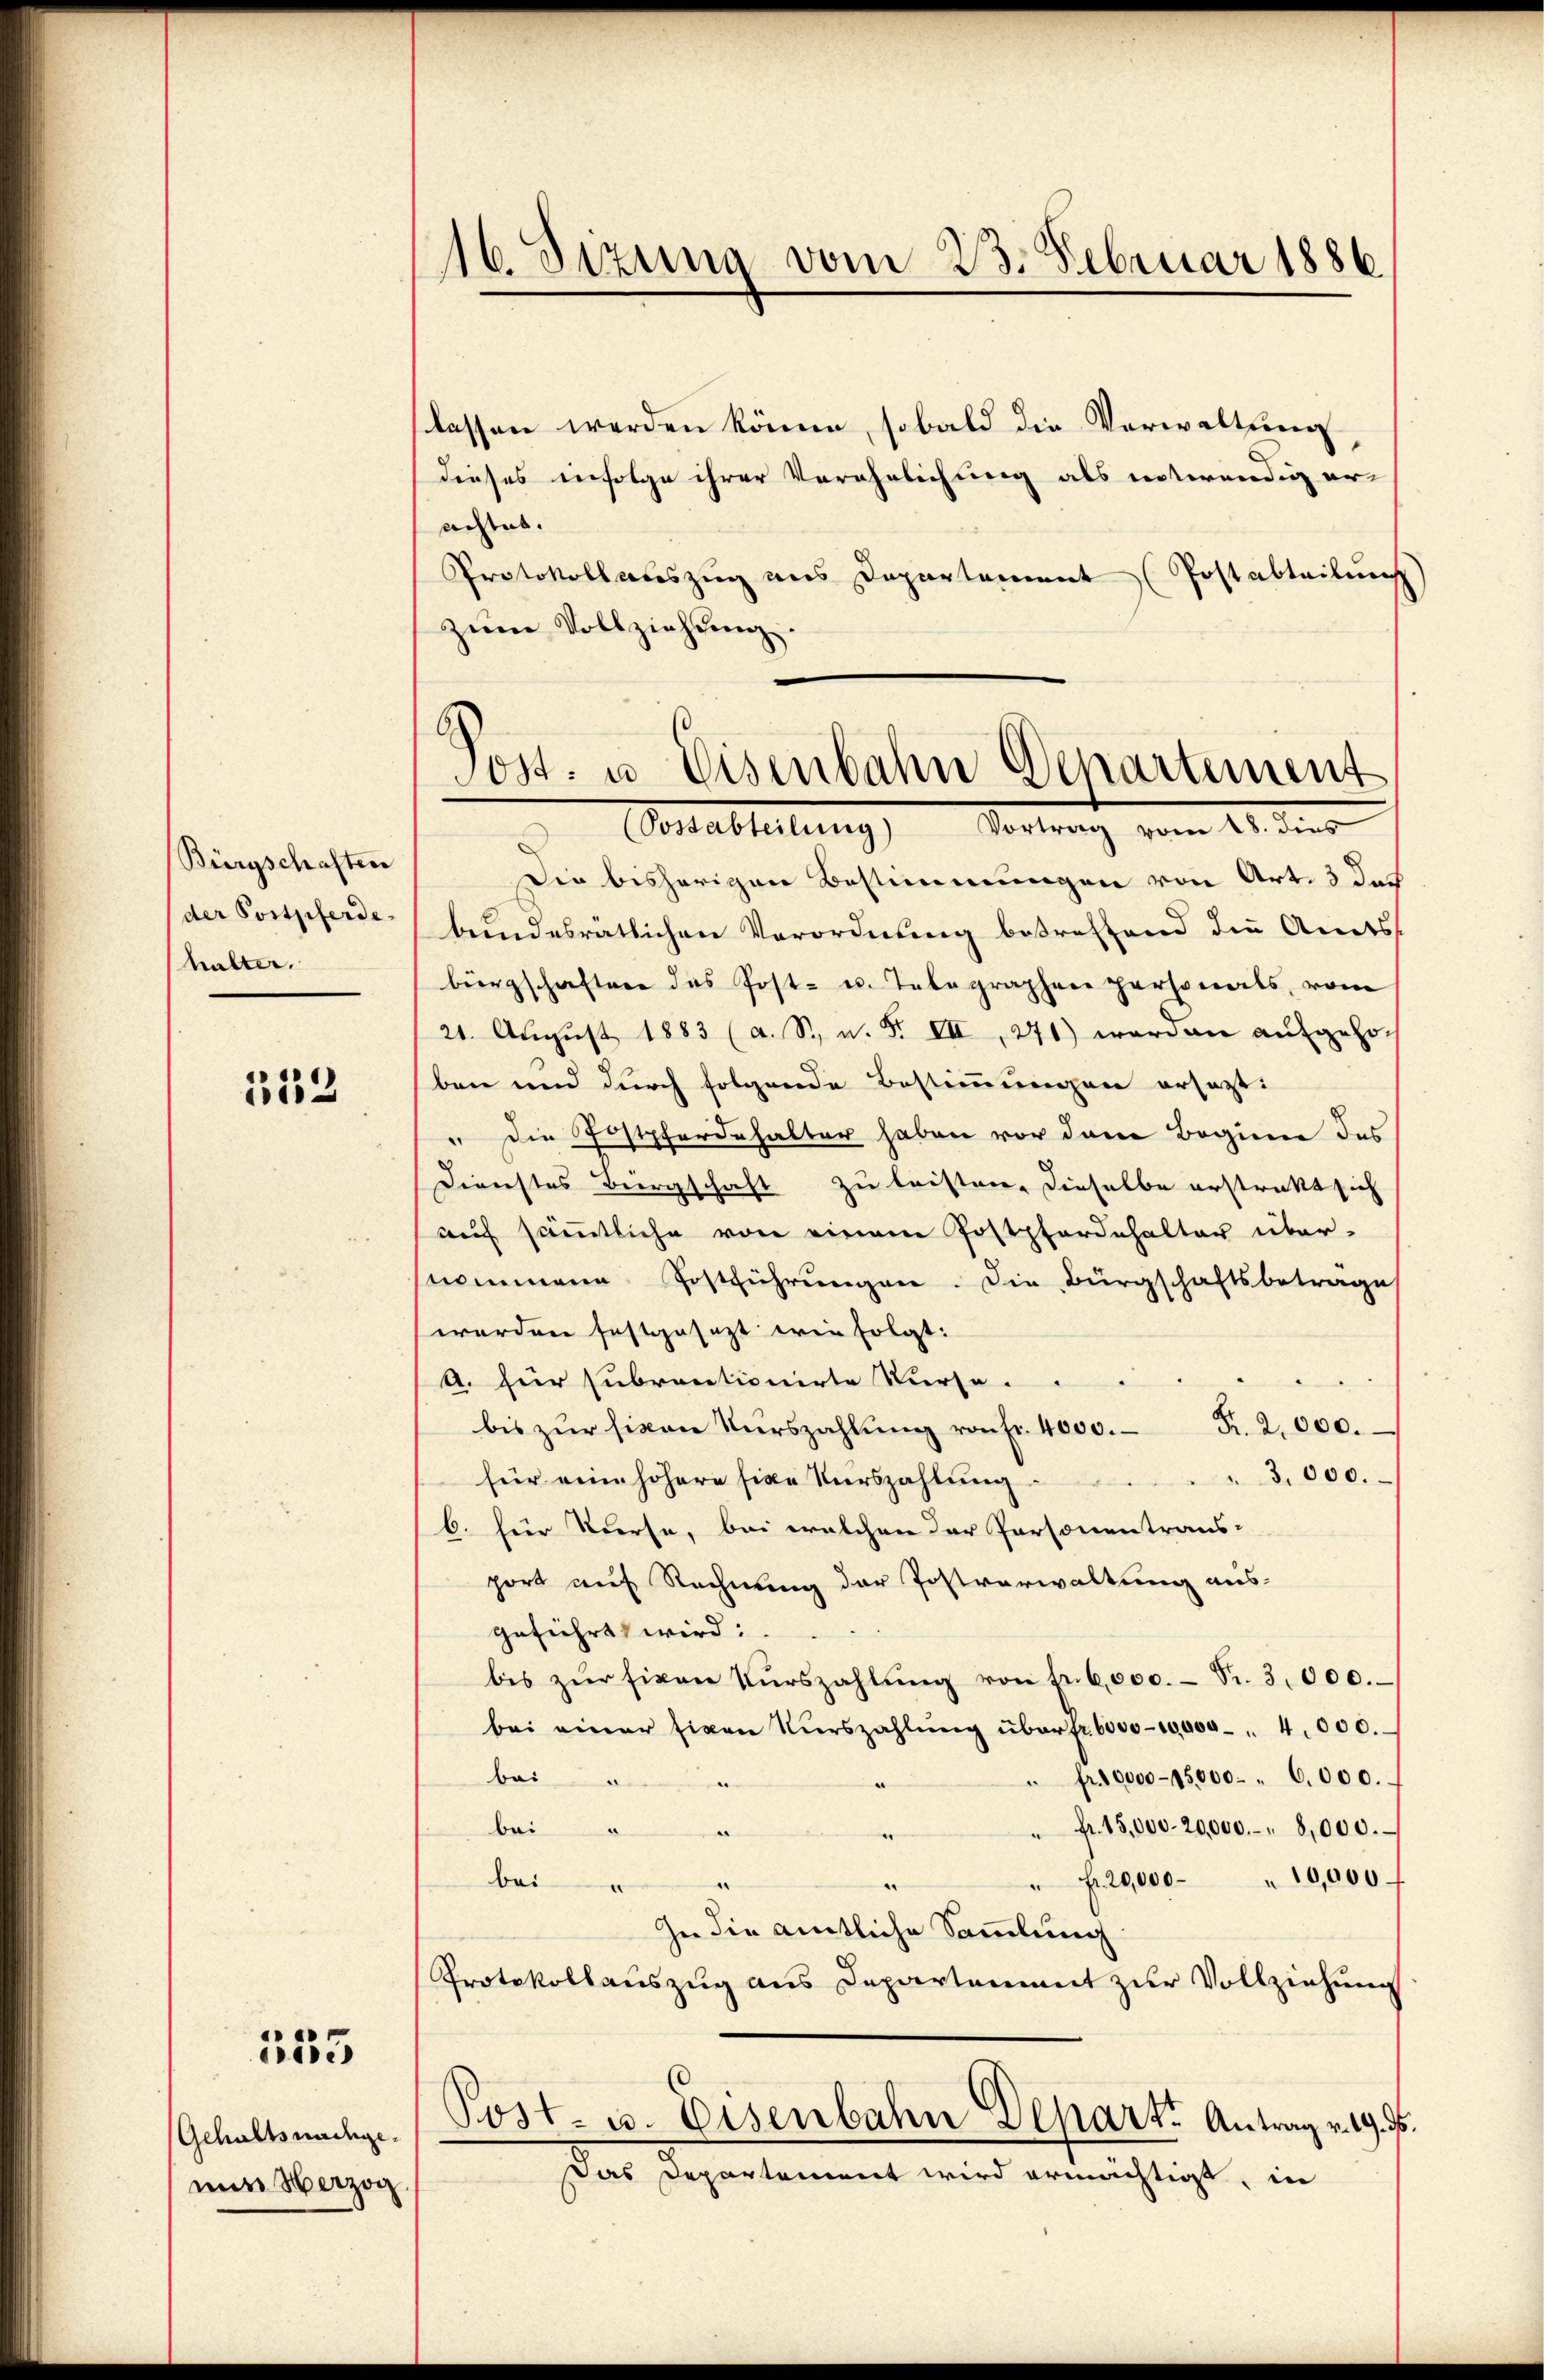
Bürgschaften
der Postpferde.
halter.

1132

155

Gehaltsnachgenun Herzog

16. Sizung vom 23. Februar 1886.

lassen werden könne, sobald die Verwaltung
dieses infolge ihrer Verehrlichung als intwendig erachtet.
Protokollauszug aus Departement (Postabteilung
zum Vollziehung

Post- u. Eisenbahn Departement
(Postabteilung Vortrag vom 18. dies

Die bisherigen Bestimmungen von Art. 3 das
bundesratlichen Verordnung betreffend die Amts
bürgschaften das Post- u. Telegraphen personals, vom
21. August 1883 (a. S., n. F. VII, 271) worden aufgehoben und durch folgende Bestimmungen ersetzt:
" die Postpferdehalter haben vor dem Beginne des
Dienstes Bergschaft zu leisten, dieselbe erstrakt sich
auf sämmtliche von einem Postpferdehalter über-
nommene Postführŭngen. Die Bürgschaftsbetrage
werden festgesezt wie folgt:
A. für subrantionirte Kurse.
R. 2,000.
bis zur Einen Kurszahlung von Fr. 4000.
3,000.
für eine höhere fixe Kurszahlung
6. für Verse, bei welchen der Personen trans-
port auf Rechnung der Postverwaltung aus-
geführt wird:
bis zŭr fivon Kŭrszahlŭng von fr. 6,000.- Fr. 3000.
bei einer Eigen Kŭrszahlŭng über fr. 6000-10,000 " 4000.
" fr. 10000-15,000 " 6000.
bai
e
" Fr. 15,000. 20,000.- " 8,000.
An
e
" Fr. 20,000 " 10,000
e
bei
e
In die amtliche Sammlung
Protokollauszug aus Departement zur Vollziehung
Post- u. Eisenbahn Depart. Antrag v. 19. ds.
Das Departement wird ermächtigt, in